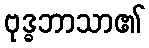
ဗုဒ္ဓဘာသာ၏